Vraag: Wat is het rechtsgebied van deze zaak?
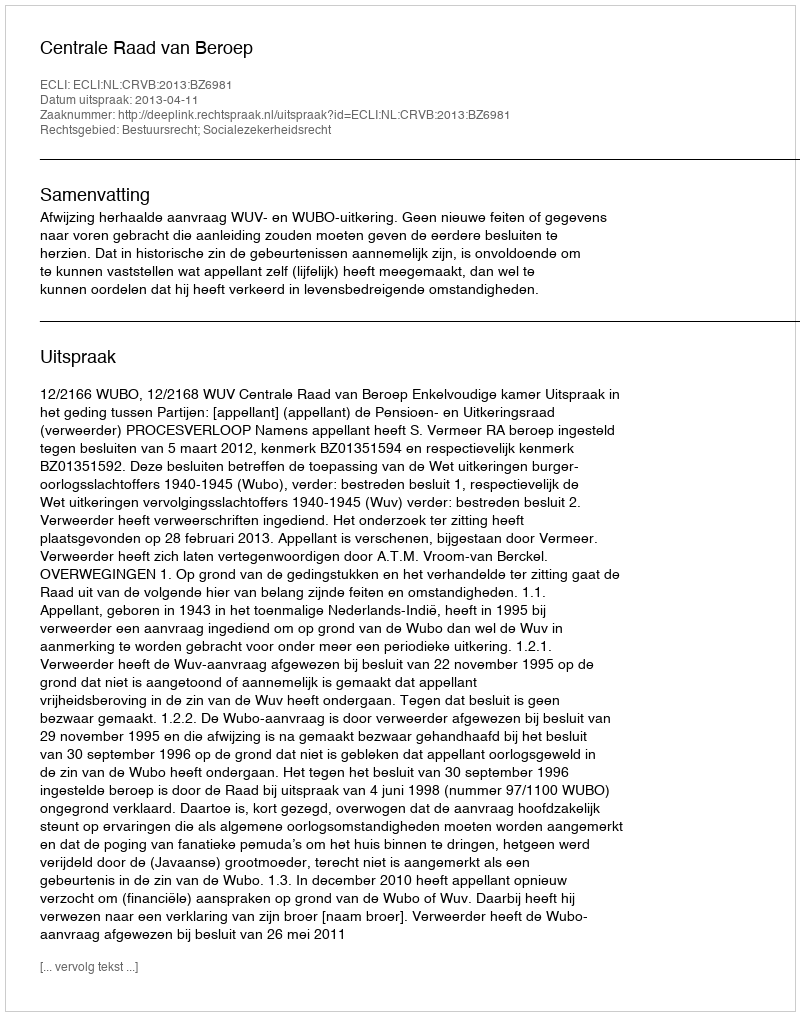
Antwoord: Bestuursrecht; Socialezekerheidsrecht